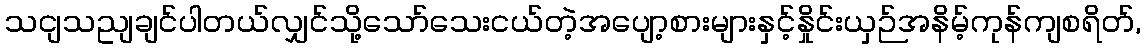
သငျသညျချင်ပါတယ်လျှင်သို့သော်သေးငယ်တဲ့အပျော့စားများနှင့်နှိုင်းယှဉ်အနိမ့်ကုန်ကျစရိတ်,